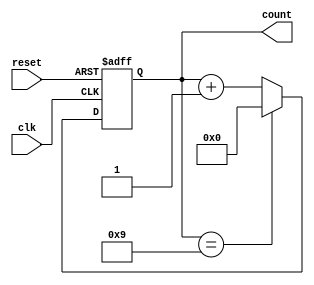
module DecadeCounter (
    input wire clk,       // Clock input
    input wire reset,     // Asynchronous reset input
    output reg [3:0] count // 4-bit count output
);

// Initial state
initial begin
    count = 4'b0000; // Start counting from 0
end

// Asynchronous Reset and Counting Logic
always @(posedge clk or posedge reset) begin
    if (reset) begin
        count <= 4'b0000; // Reset count to 0
    end else begin
        if (count == 4'b1001) begin
            count <= 4'b0000; // Reset to 0 after reaching 9
        end else begin
            count <= count + 1; // Increment the count
        end
    end
end

endmodule